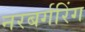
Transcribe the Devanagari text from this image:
नरबर्गरिंग